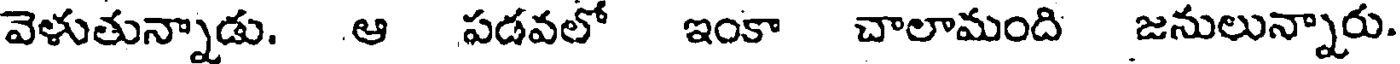
వెళుతున్నాడు. ఆ పడవలో ఇంకా చాలామంది జనులున్నారు.